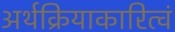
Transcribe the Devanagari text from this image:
अर्थक्रियाकारित्वं